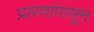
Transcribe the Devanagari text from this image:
प्रारणांपासून